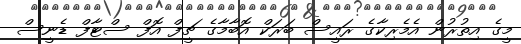
މީގެ އިތުރުން އެމެރިކާގެ ރައީސް ބަރަކް އޮބާމާގެ ޗީފް އޮފް ސްޓާފް ޑެނީސް